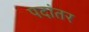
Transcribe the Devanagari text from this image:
पदांतर